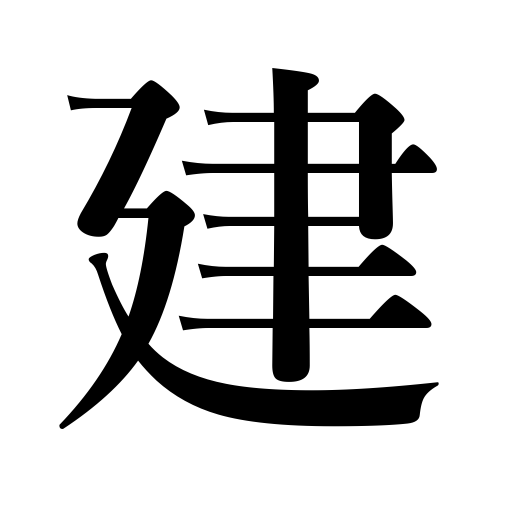
Meanings: makes a total of thirty,make a success,sharpen,be active,be maintained,spread rumors,raise,lay plans,take flight,establish oneself,open markets,have an aim,set a saw,save face,institute,do justice to,respect,stand,run high waves,be loyal to,shut door,put up,close a door,come seasons,circulate rumors,make tea,enact,establish,put up a candidate,map out,look up to,rise,render services,make an oath,depart,prick up one’s ears,set forth,erect,burn out,stand something up,lay down a proposition,formulate,be established,stick into,be excited,go up smoke,begin life,perform,build,set on edge,be worked out,set up,rouse oneself,be built,support oneself